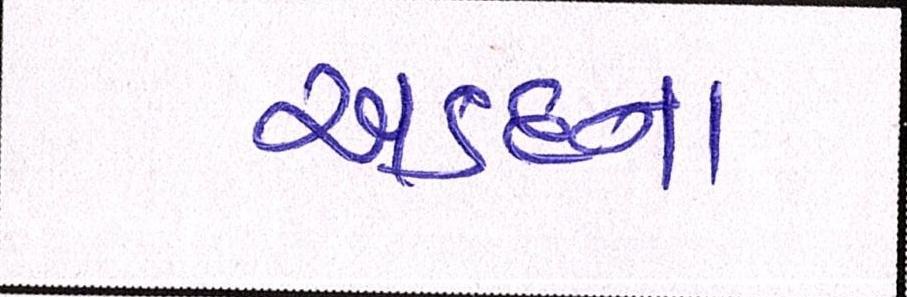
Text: અડદના